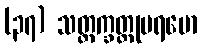
(၃၇) သတ္တက္ခတ္တုပရမော